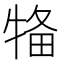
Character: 𤙳